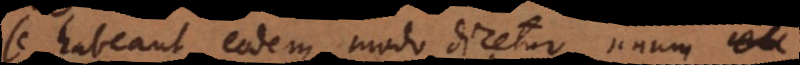
se habeant eodem modo dicetur unum